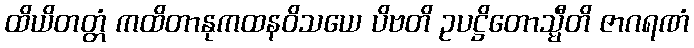
ထိယိတတ္တံ ကထိတာနုကထနဝိသယေ ပိဗတိ ဥပဋ္ဌိတောသ္မီတိ ဇာဂရဏံ